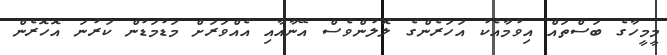
މީމީހާގެ ބަސްތައް އިވުމާއެކު އަހަރެންގެ ލޮލުންވެސް އޭނާއާއި އެއްވަރަށް މަޑުމަޑުން ކަރުނަ އޮހޮރެން